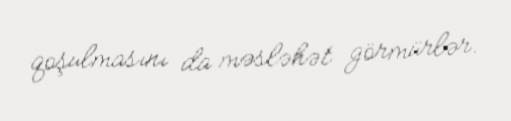
qoşulmasını da məsləhət görmürlər.